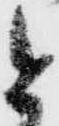
と